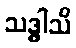
သဒ္ဓါသိ